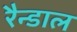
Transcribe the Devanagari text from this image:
रैन्डाल